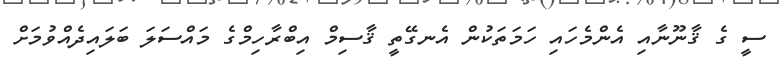
ސީ ގެ ޤާނޫނާއި އެންމެހައި ހަމަތަކުން އެނގޭތީ ޤާސިމް އިބްރާހިމްގެ މައްސަލަ ބަލައިދެއްވުމަށް